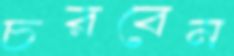
চরবেন